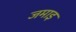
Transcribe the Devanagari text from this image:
जमाइ